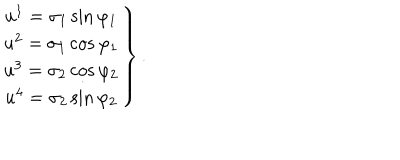
\left. \begin{array} { c } { { u ^ { 1 } = \sigma _ { 1 } \sin \varphi _ { 1 } } } \\ { { u ^ { 2 } = \sigma _ { 1 } \cos \varphi _ { 1 } } } \\ { { u ^ { 3 } = \sigma _ { 2 } \cos \varphi _ { 2 } } } \\ { { u ^ { 4 } = \sigma _ { 2 } \sin \varphi _ { 2 } } } \\ \end{array} \right\} .